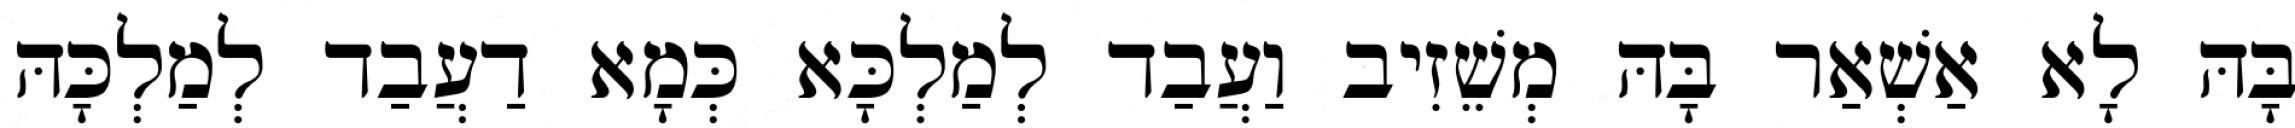
בָּהּ לָא אַשְׁאַר בָּהּ מְשֵׁזִיב וַעֲבַד לְמַלְכָּא כְּמָא דַעֲבַד לְמַלְכָּהּ